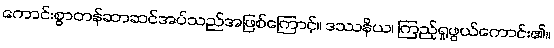
ကောင်းစွာတန်ဆာဆင်အပ်သည်အဖြစ်ကြောင့်။ ဒဿနိယ၊ ကြည့်ရှုဖွယ်ကောင်း၏။